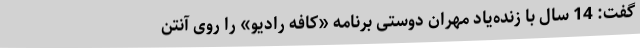
گفت: 14 سال با زنده‌یاد مهران دوستی برنامه «کافه رادیو» را روی آنتن